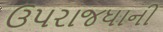
ઉપરાજધાની